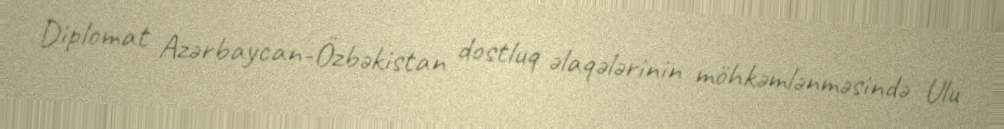
Diplomat Azərbaycan-Özbəkistan dostluq əlaqələrinin möhkəmlənməsində Ulu